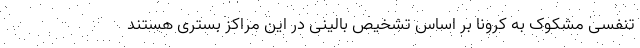
تنفسی مشکوک به کرونا بر اساس تشخیص بالینی در این مراکز بستری هستند